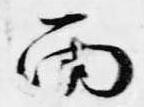
雨